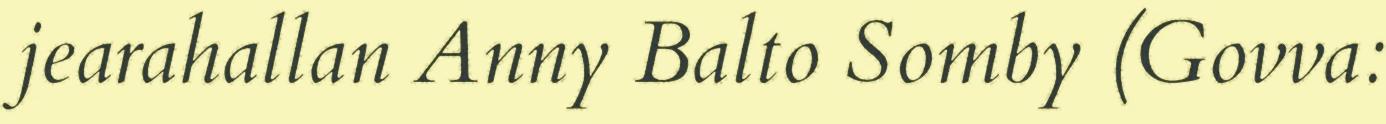
jearahallan Anny Balto Somby (Govva: